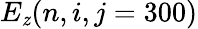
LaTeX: E_{\mathit{z}}(n,i,j=300)